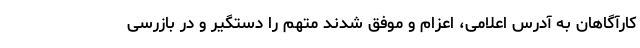
کارآگاهان به آدرس اعلامی، اعزام و موفق شدند متهم را دستگیر و در بازرسی